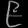
Digit: ၉